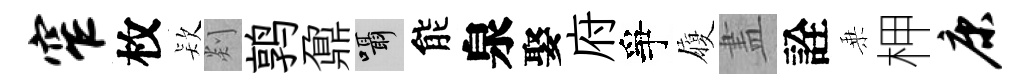
窄枚𣣇剡鹑鼐囁能泉娶府爭履𥁞詮乗柙康